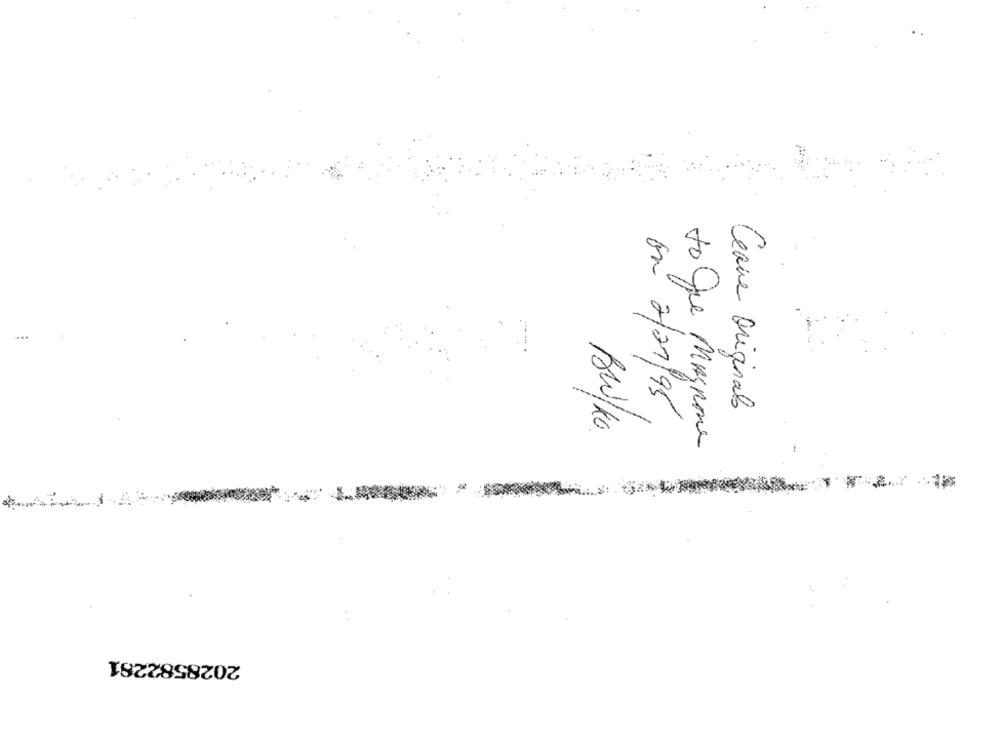
....
Cerne Original
on 2/07/95
AW/KG
to Que Magnone
2028582281